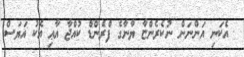
އެކަނި އަންނަން ނުކެރެންޏާ ޔާނާގެ ފްރެންޑް ކުއްޖާ އާޢި އެކު އަޔަސް